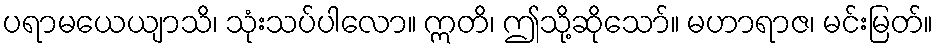
ပရာမယေယျာသိ၊ သုံးသပ်ပါလော။ ဣတိ၊ ဤသို့ဆိုသော်။ မဟာရာဇ၊ မင်းမြတ်။